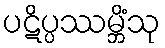
ပဋိပ္ပဿမ္ဘိံသု